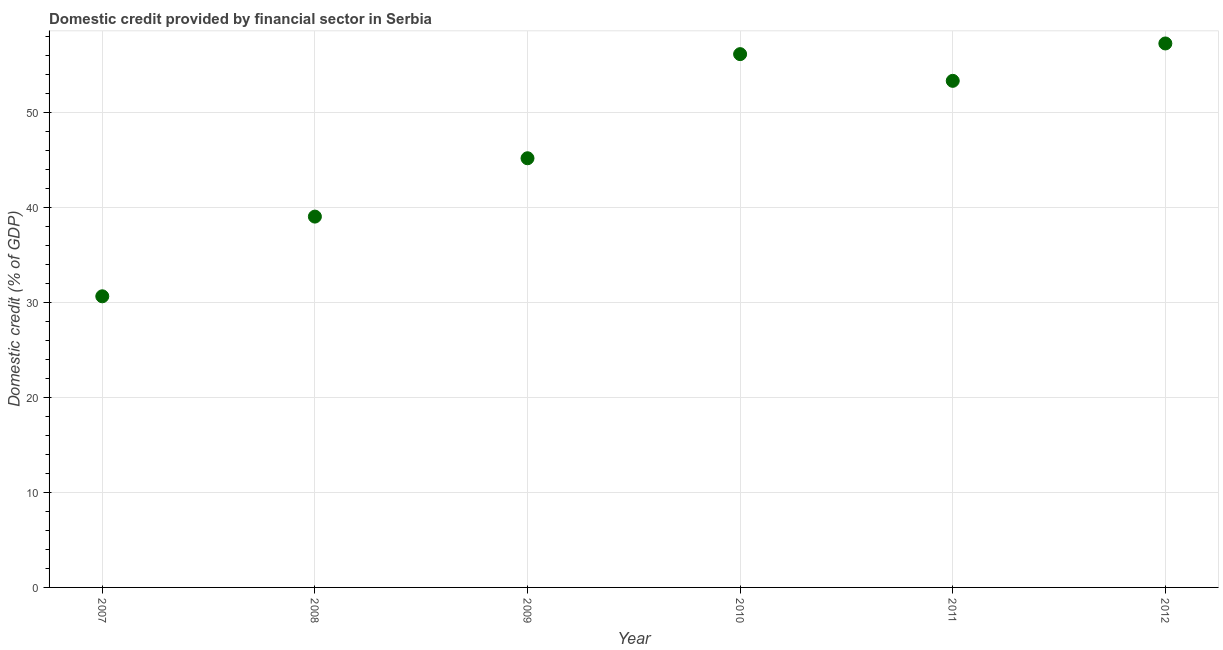
| Year | Domestic credit provided by financial sector |
 | --- | --- |
 | 2007 | 30.7 |
 | 2008 | 39.1 |
 | 2009 | 45.2 |
 | 2010 | 56.2 |
 | 2011 | 53.3 |
 | 2012 | 57.3 |